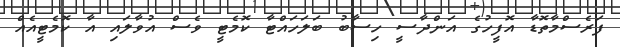
ފަރެސްމާތޮޑާ އޮފީހުގެ އަންދާސީ ހިސާބު ބަލަހައްޓާ ކޮމެޓީ ވެސް އުވާލައި އާ ކޮމެޓީއެއް